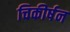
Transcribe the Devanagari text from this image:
चिकीर्षन